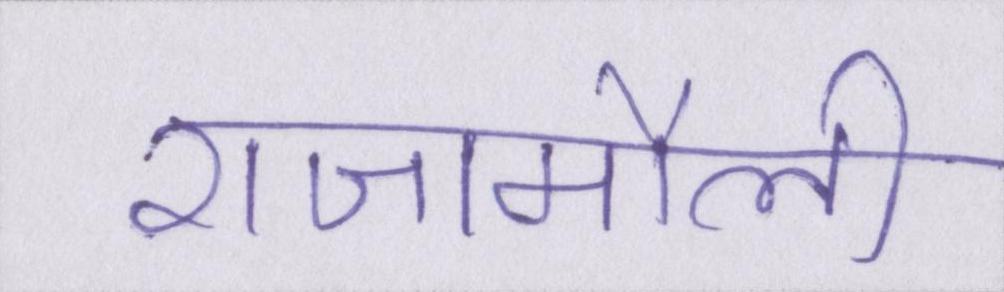
राजामौली